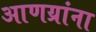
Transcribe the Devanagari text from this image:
आणय्रांना